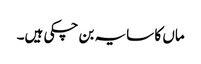
ماں کا سایہ بن چکی ہیں۔